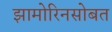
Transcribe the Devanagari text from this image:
झामोरिनसोबत